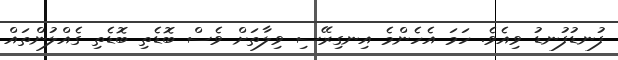
ފުނޑުފުނޑު ވިއެވެ. ހަމަ އެހެންމެ އިނގިރޭސި ވިލާތަށް ވެސް ބޮޑެތި ބޮޑެތި ގެއްލުންތައް